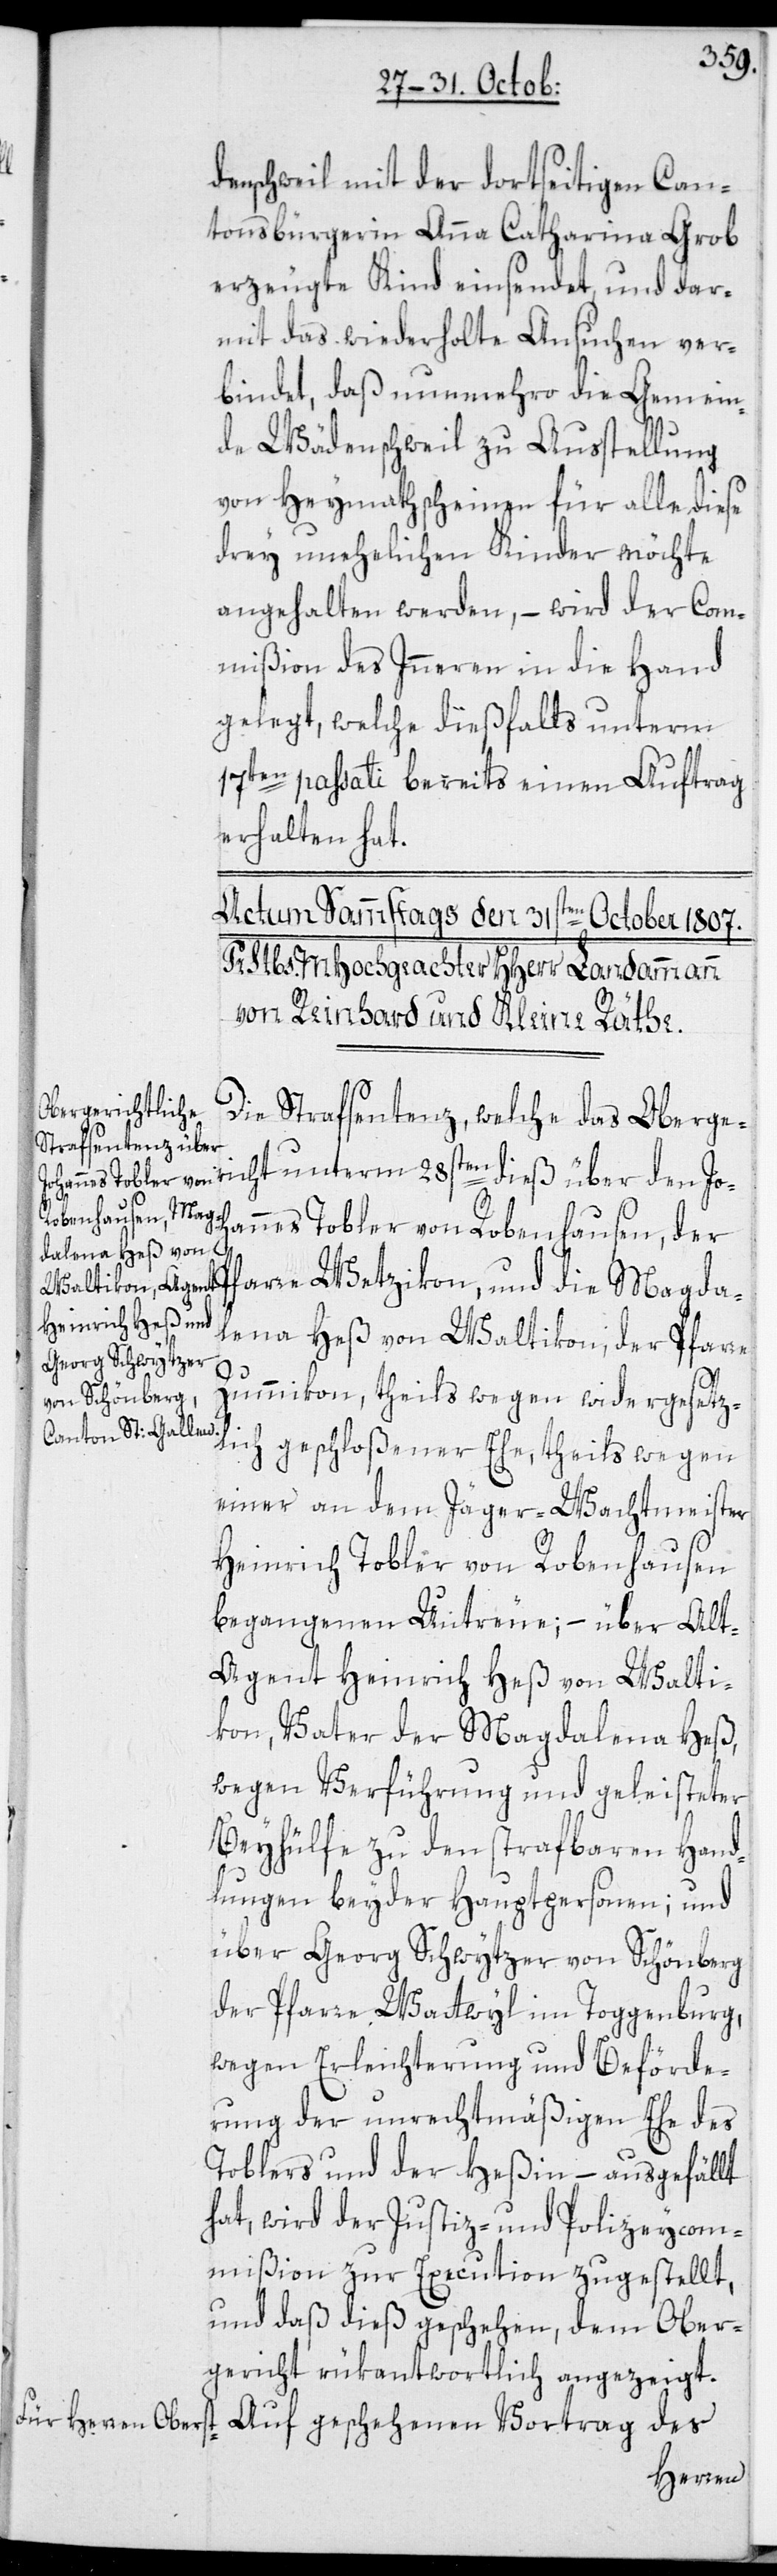
denschweil mit der dortseitigen Can¬
tonsbürgerin Anna Catharina Grob
erzeugte Kind einsendet, und dar¬
mit das wiederholte Ansuchen ver¬
bindet, daß nunmehro die Gemein¬
de Wädenschweil zu Ausstellung
von Heymathscheinen für alle diese
drey unehelichen Kinder möchte
angehalten werden, – wird der Com¬
mißion des Inneren in die Hand
gelegt, welche dießfalls unterm
17ten passati bereits einen Auftrag
erhalten hat.
Die Strafsentenz, welche das Oberg¬
ericht unterm 28sten dieß über den Joh¬
annes Tobler von Robenhausen, der
Pfarre Wetzikon; und die Magda¬
lena Heß von Waltikon, der Pfarre
Zummikon; theils wegen widergesetz¬
lich geschloßener Ehe, theils wegen
einer an dem Jäger-Wachtmeister
Heinrich Tobler von Robenhausen
begangenen Untreue; – über Alt-A¬
gent Heinrich Heß von Walti¬
kon, Vater der Magdalena Heß,
wegen Verführung und geleisteter
Beyhülfe zu den strafbaren Hand¬
lungen beyder Hauptpersonen; und
über Georg Schwytzer von Schönberg
der Pfarre Wattwyl im Toggenburg,
wegen Erleichterung und Beförde¬
rung der unrechtmäßigen Ehe des
Toblers und der Heßin, – ausgefällt
hat, wird der Justiz- und Polizeycom¬
mißion zur Execution zugestellt,
und daß dieß geschehen, dem Ober¬
gericht rükantwortlich angezeigt.
Auf geschehenen Vortrag des